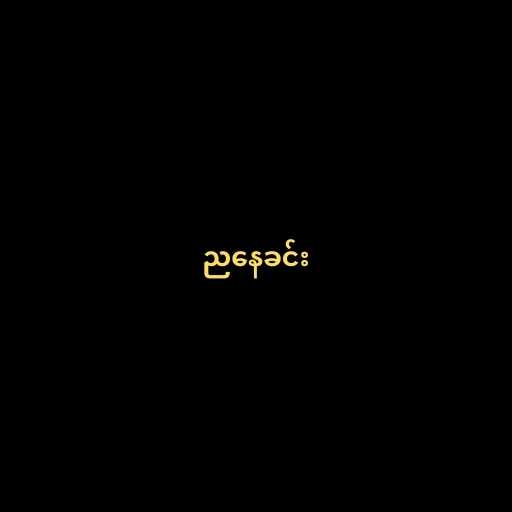
ညနေခင်း